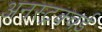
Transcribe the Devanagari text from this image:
अनस्ट्रक्चर्ड